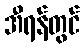
အီရန်တွင်